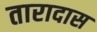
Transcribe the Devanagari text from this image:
तारादास